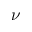
\nu